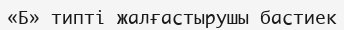
«Б» типті жалғастырушы бастиек